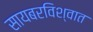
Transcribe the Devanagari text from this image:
सायबरविश्वात